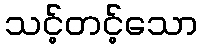
သင့်တင့်သော